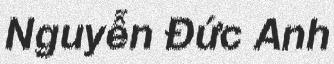
Nguyễn Đức Anh